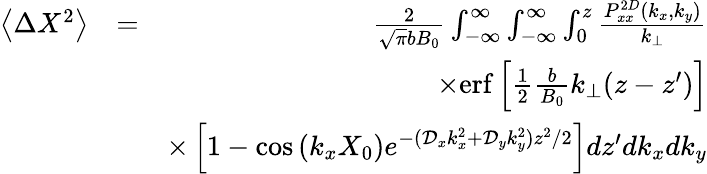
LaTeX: \begin{array}{rlr}{\left\langle\Delta X^{2}\right\rangle}&{=}&{\frac{2}{\sqrt{\pi}bB_{0}}\int_{-\infty}^{\infty}\int_{-\infty}^{\infty}\int_{0}^{z}\frac{P_{xx}^{2D}(k_{x},k_{y})}{k_{\perp}}}\\ &{}&{\times\mathrm{erf}\left[\frac{1}{2}\frac{b}{B_{0}}k_{\perp}(z-z^{\prime})\right]}\\ &{}&{\times\left[1-\cos\left(k_{x}X_{0}\right)e^{-(\mathcal{D}_{x}k_{x}^{2}+\mathcal{D}_{y}k_{y}^{2})z^{2}/2}\right]dz^{\prime}dk_{x}dk_{y}}\end{array}